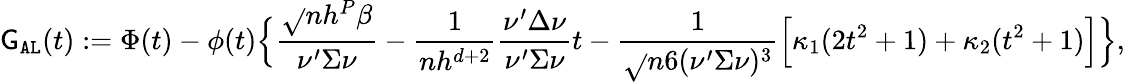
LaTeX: \mathsf{G}_{\mathtt{{AL}}}(t):=\Phi(t)-\phi(t)\Big\{ \frac{{\sqrt{}{{n}}h^{P}\beta}}{{\nu^{\prime}\Sigma\nu}}-\frac{{1}}{{nh^{d+2}}}\frac{{\nu^{\prime}\Delta\nu}}{{\nu^{\prime}\Sigma\nu}}t-\frac{{1}}{{\sqrt{}{{n}}6(\nu^{\prime}\Sigma\nu)^{3}}}\Big[\kappa_{1}(2t^{2}+1)+\kappa_{2}(t^{2}+1)\Big]\Big\} ,